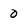
Character: 0